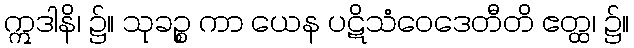
ဣဒါနိ၊ ၌။ သုခဉ္စ ကာ ယေန ပဋိသံဝေဒေတီတိ ဧတ္ထ၊ ၌။